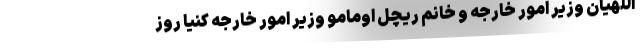
اللهیان وزیر امور خارجه و خانم ریچل اومامو وزیر امور خارجه کنیا روز